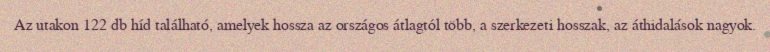
Az utakon 122 db híd található, amelyek hossza az országos átlagtól több, a szerkezeti hosszak, az áthidalások nagyok.